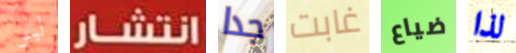
ليس انتشار جدا غابت ضياع لذا